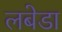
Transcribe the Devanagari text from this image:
लबेडा